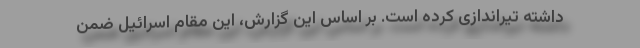
داشته تیراندازی کرده است. بر اساس این گزارش، این مقام اسرائیل ضمن